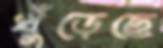
খুঁড়েছে